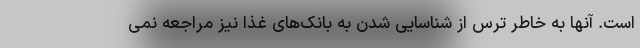
است. آنها به خاطر ترس از شناسایی شدن به بانک‌های غذا نیز مراجعه نمی